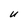
Character: U